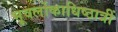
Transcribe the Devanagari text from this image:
भूवर्लोकाधिष्ठात्रीं